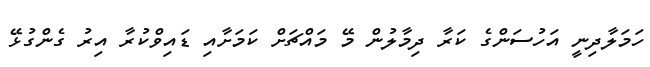
ހަމަލާދިނީ އަހުސަންގެ ކަރާ ދިމާލުން މޭ މައްޗަށް ކަމަށާއި ޑައިވްކުރާ އިރު ގެންގުޅޭ